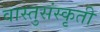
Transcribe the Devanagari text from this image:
वास्तुसंस्कृती